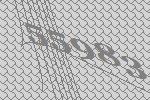
55983